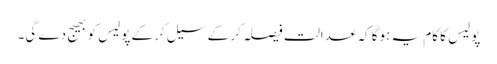
پولیس کا کام یہ ہوگا کہ عدالت فیصلہ کر کے سیل کر کے پولیس کو بھیج دے گی۔